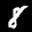
Label: 8